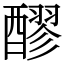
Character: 醪